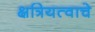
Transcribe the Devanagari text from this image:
क्षत्रियत्वाचे